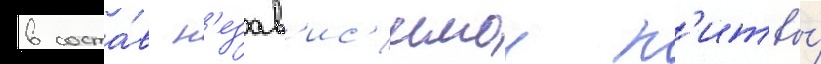
в соста́в н'езав'ис'имои л'итвы́